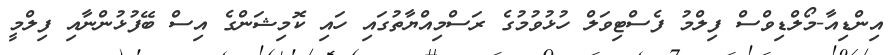
އިންޑިއާ-މޯލްޑިވްސް ފިލްމު ފެސްޓިވަލް ހުޅުވުމުގެ ރަސްމިއްޔާތުގައި ހައި ކޮމިޝަންގެ އިސް ބޭފުޅުންނާއި ފިލްމީ